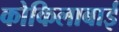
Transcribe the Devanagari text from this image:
कोकिलाबाई